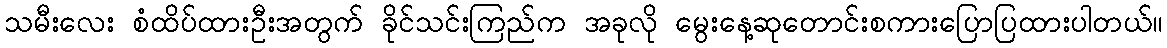
သမီးလေး စံထိပ်ထားဦးအတွက် ခိုင်သင်းကြည်က အခုလို မွေးနေ့ဆုတောင်းစကားပြောပြထားပါတယ်။